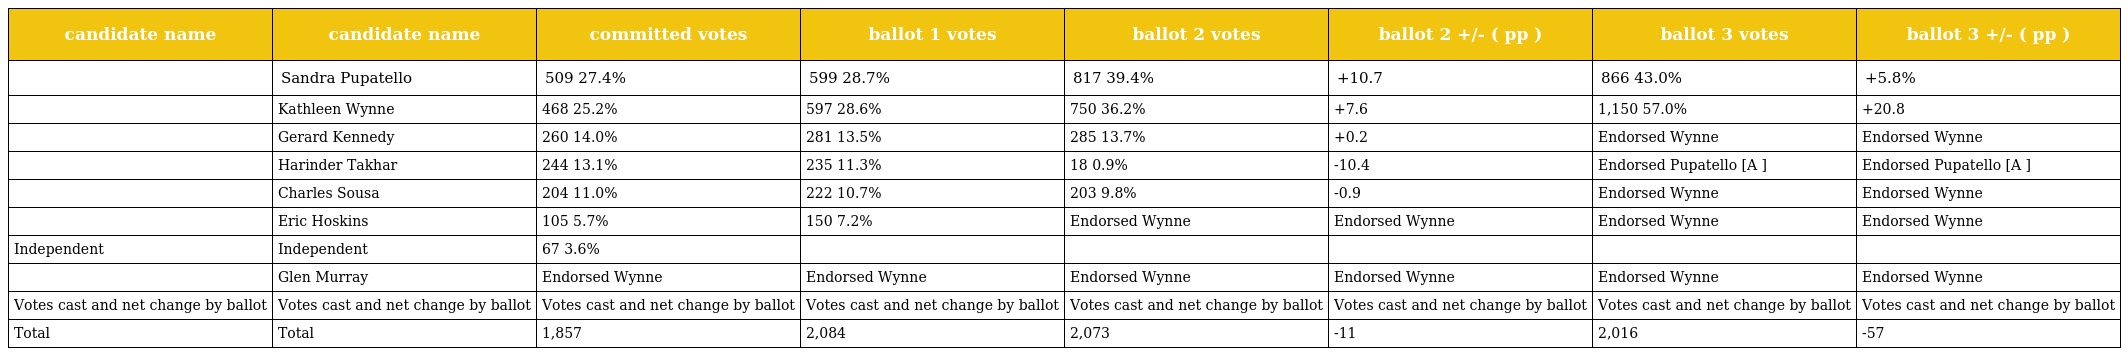
| candidate name | candidate name | committed votes | ballot 1 votes | ballot 2 votes | ballot 2 +/- ( pp ) | ballot 3 votes | ballot 3 +/- ( pp ) |
 | --- | --- | --- | --- | --- | --- | --- | --- |
 |  | Sandra Pupatello | 509 27.4% | 599 28.7% | 817 39.4% | +10.7 | 866 43.0% | +5.8% |
 |  | Kathleen Wynne | 468 25.2% | 597 28.6% | 750 36.2% | +7.6 | 1,150 57.0% | +20.8 |
 |  | Gerard Kennedy | 260 14.0% | 281 13.5% | 285 13.7% | +0.2 | Endorsed Wynne | Endorsed Wynne |
 |  | Harinder Takhar | 244 13.1% | 235 11.3% | 18 0.9% | -10.4 | Endorsed Pupatello [A ] | Endorsed Pupatello [A ] |
 |  | Charles Sousa | 204 11.0% | 222 10.7% | 203 9.8% | -0.9 | Endorsed Wynne | Endorsed Wynne |
 |  | Eric Hoskins | 105 5.7% | 150 7.2% | Endorsed Wynne | Endorsed Wynne | Endorsed Wynne | Endorsed Wynne |
 | Independent | Independent | 67 3.6% |  |  |  |  |  |
 |  | Glen Murray | Endorsed Wynne | Endorsed Wynne | Endorsed Wynne | Endorsed Wynne | Endorsed Wynne | Endorsed Wynne |
 | Votes cast and net change by ballot | Votes cast and net change by ballot | Votes cast and net change by ballot | Votes cast and net change by ballot | Votes cast and net change by ballot | Votes cast and net change by ballot | Votes cast and net change by ballot | Votes cast and net change by ballot |
 | Total | Total | 1,857 | 2,084 | 2,073 | -11 | 2,016 | -57 |